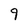
Character: 9